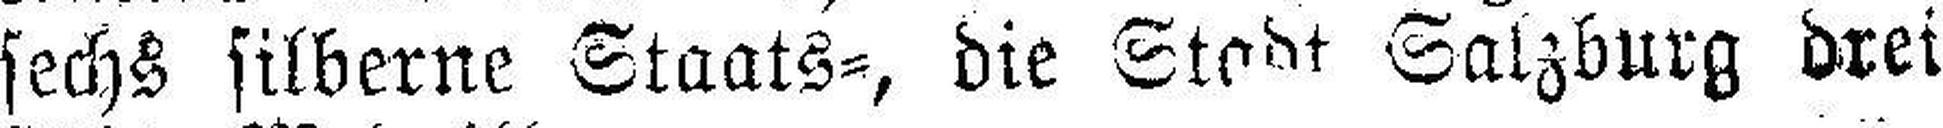
sechs silberne Staats=, die Stadt Salzburg drei